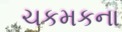
ચકમકના